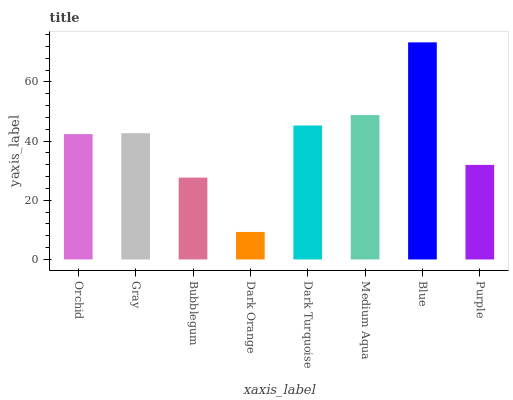
| xaxis_label | bars |
 | --- | --- |
 | Orchid | 42.4 |
 | Gray | 42.7 |
 | Bubblegum | 27.7 |
 | Dark Orange | 9.3 |
 | Dark Turquoise | 45.3 |
 | Medium Aqua | 48.8 |
 | Blue | 73.4 |
 | Purple | 32 |